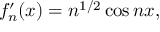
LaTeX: f _ { n } ^ { \prime } ( x ) = n ^ { 1 / 2 } \cos n x ,